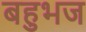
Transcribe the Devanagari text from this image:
बहुभज